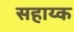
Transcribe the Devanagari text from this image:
सहाय्क